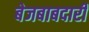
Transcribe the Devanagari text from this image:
बेजबाबदारी